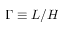
\Gamma \equiv L / H